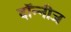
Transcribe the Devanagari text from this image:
दॉन्नीज